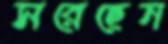
সরেছেন